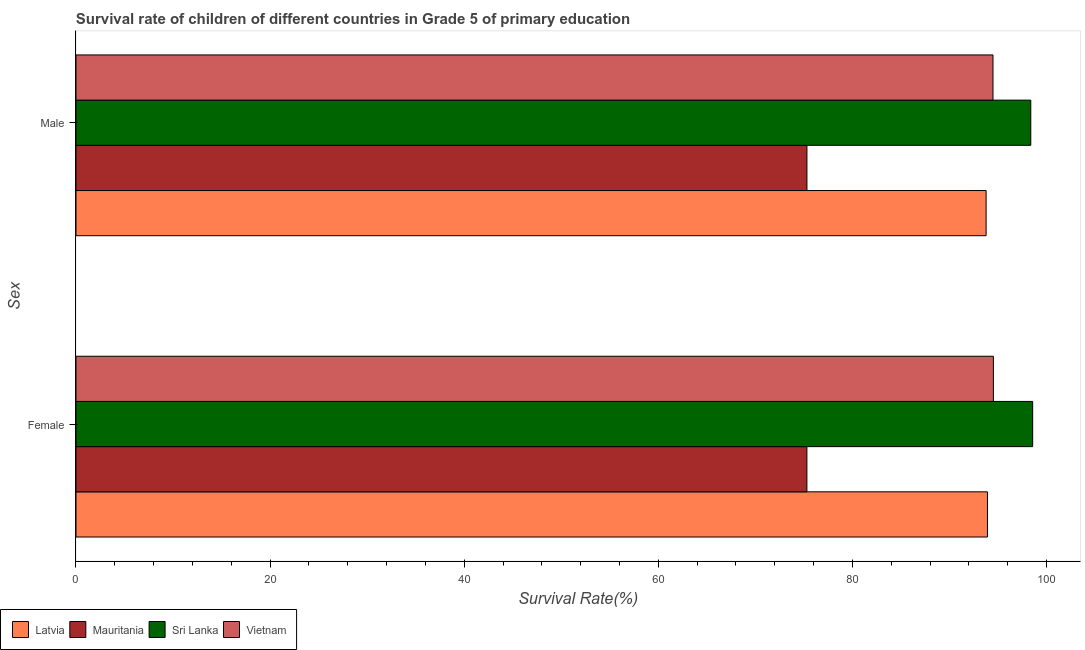
| Sex | Latvia | Mauritania | Sri Lanka | Vietnam |
 | --- | --- | --- | --- | --- |
 | Female | 93.9 | 75.3 | 98.6 | 94.5 |
 | Male | 93.8 | 75.3 | 98.4 | 94.5 |